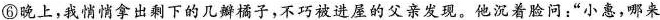
⑥晚上，我悄悄拿出剩下的几瓣橘子，不巧被进屋的父亲发现。他沉着脸问:“小惠，哪来